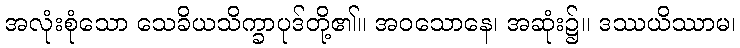
အလုံးစုံသော သေခိယသိက္ခာပုဒ်တို့၏။ အဝသောနေ၊ အဆုံး၌။ ဒဿယိဿာမ၊